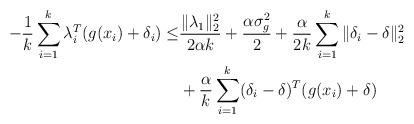
LaTeX: \begin{align*}- \frac{1}{k} \sum_{i=1}^k \lambda_i^T (g(x_i) + \delta_i) \le & \frac{\| \lambda_1 \|_2^2}{2 \alpha k} + \frac{\alpha \sigma_g^2}{2} + \frac{\alpha}{2k} \sum_{i=1}^k \| \delta_i - \delta \|_2^2 \\& + \frac{\alpha}{k} \sum_{i=1}^k (\delta_i - \delta)^T (g(x_i) + \delta) \end{align*}